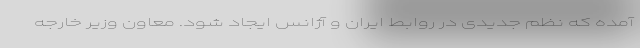
آمده که نظم جدیدی در روابط ایران و آژانس ایجاد شود. معاون وزیر خارجه